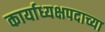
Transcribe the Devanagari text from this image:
कार्याध्यक्षपदाच्या